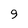
Character: 9